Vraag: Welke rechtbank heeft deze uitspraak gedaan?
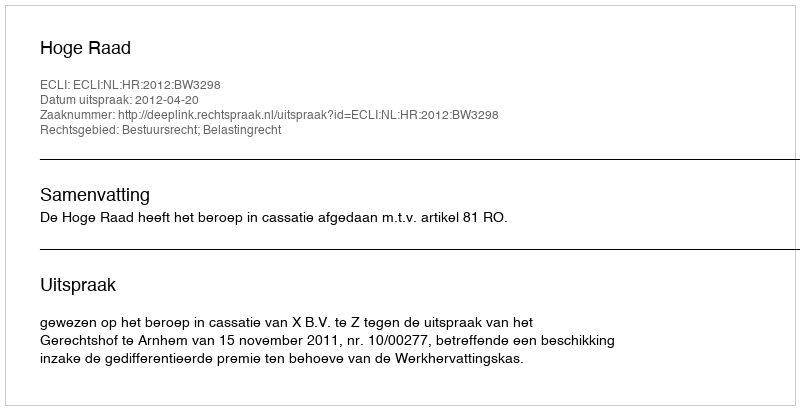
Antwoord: Hoge Raad